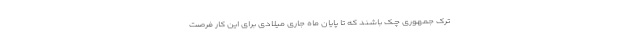
ترک جمهوری چک باشند که تا پایان ماه جاری میلادی برای این کار فرصت